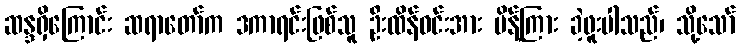
ဆန္ဒရှိကြောင်း ဆရာတော်က ဒကာရင်းဖြစ်သူ ဦးထိန်ဝင်းအား မိန့်ကြား ခဲ့ဖူးပါသည်၊ သို့သော်